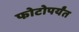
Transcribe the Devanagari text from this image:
फोटोपर्यंत